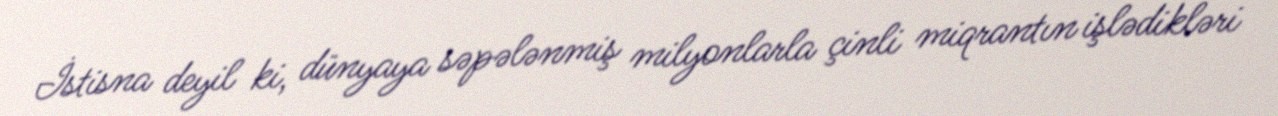
İstisna deyil ki, dünyaya səpələnmiş milyonlarla çinli miqrantın işlədikləri